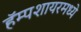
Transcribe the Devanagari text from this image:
हॅम्पशायरमध्ये